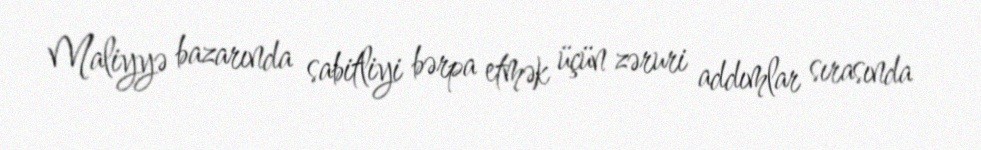
Maliyyə bazarında sabitliyi bərpa etmək üçün zəruri addımlar sırasında